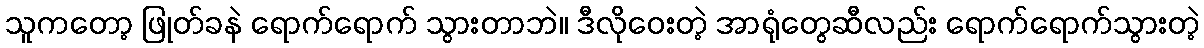
သူကတော့ ဖြုတ်ခနဲ ရောက်ရောက် သွားတာဘဲ။ ဒီလိုဝေးတဲ့ အာရုံတွေဆီလည်း ရောက်ရောက်သွားတဲ့